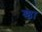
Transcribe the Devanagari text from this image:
श्र्ष्ठा